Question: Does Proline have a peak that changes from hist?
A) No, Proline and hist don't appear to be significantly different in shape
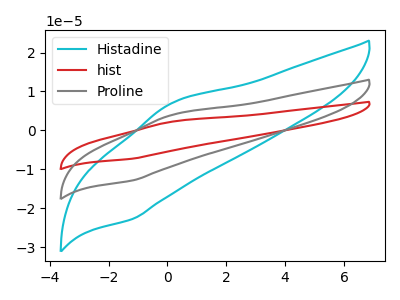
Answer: <think>The cyan curve "Histadine" has an anodic peak at (0.15V, 6.95uA) and a cathodic peak at (-1.20V, -22.75uA). The red curve "hist" has an anodic peak at (0.15V, 7.85uA) and a cathodic peak at (-1.20V, -25.70uA). The gray curve "Proline" has an anodic peak at (0.15V, 3.90uA) and a cathodic peak at (-1.20V, -12.85uA).
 All the peaks in "Proline" have a peak in "hist" at the same potential. Every peak in "Proline" is lower than every peak in "hist".</think>
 <answer>A) No, "Proline" and "hist" don't appear to be significantly different in shape</answer>
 <eval>A</eval>